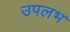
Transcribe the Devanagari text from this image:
उपलभ